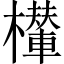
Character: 𣞶